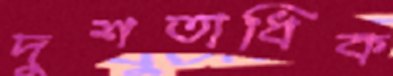
দুশতাধিক